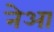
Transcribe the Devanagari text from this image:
नेआ